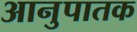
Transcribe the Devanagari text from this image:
आनुपातक